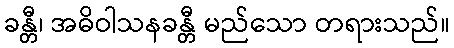
ခန္တီ၊ အဓိဝါသနခန္တီ မည်သော တရားသည်။